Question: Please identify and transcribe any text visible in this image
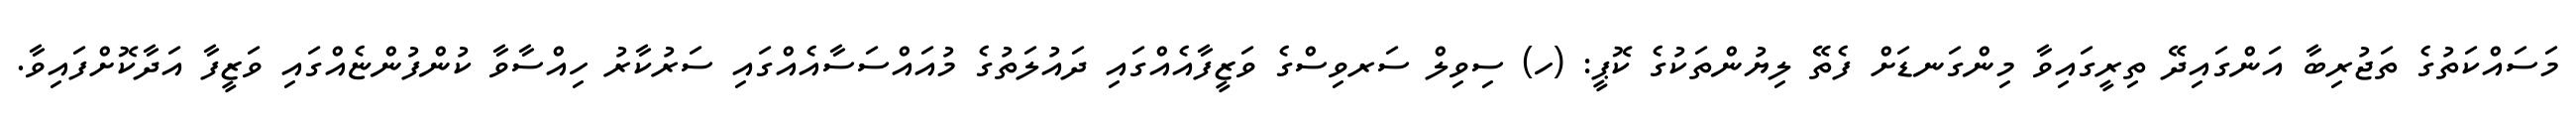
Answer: މަސައްކަތުގެ ތަޖުރިބާ އަންގައިދޭ ތިރީގައިވާ މިންގަނޑަށް ފެތޭ ލިޔުންތަކުގެ ކޮޕީ: (ހ) ސިވިލް ސަރވިސްގެ ވަޒީފާއެއްގައި ދައުލަތުގެ މުއައްސަސާއެއްގައި ސަރުކާރު ހިއްސާވާ ކުންފުންޏެއްގައި ވަޒީފާ އަދާކޮށްފައިވާ.